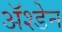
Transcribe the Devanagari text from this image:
ॲश्डेन